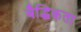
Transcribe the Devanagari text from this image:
बैद्धिकता